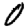
Digit: 0